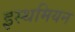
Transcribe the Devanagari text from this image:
इस्थमियन